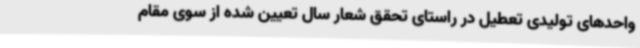
واحدهای تولیدی تعطیل در راستای تحقق شعار سال تعیین شده از سوی مقام